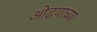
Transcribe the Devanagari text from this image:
ओढयाच्या